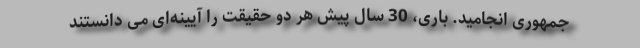
جمهوری انجامید. باری، 30 سال پیش هر دو حقیقت را آیینه‌ای می دانستند